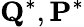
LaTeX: {\mathbf Q^{*}},{\mathbf P^{*}}